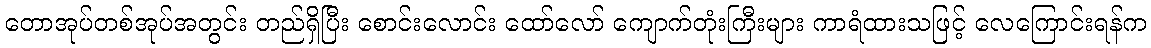
တောအုပ်တစ်အုပ်အတွင်း တည်ရှိပြီး စောင်းလောင်း ထော်လော် ကျောက်တုံးကြီးများ ကာရံထားသဖြင့် လေကြောင်းရန်က